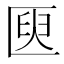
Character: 㔱